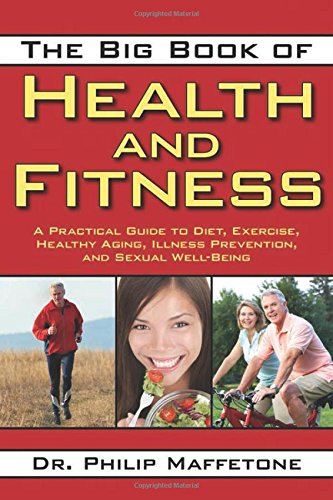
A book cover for The Big Book of Health and Fitness: A Practical Guide to Diet, Exercise, Healthy Aging, Illness Prevention, and Sexual Well-Being; Philip Maffetone; Health, Fitness & Dieting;